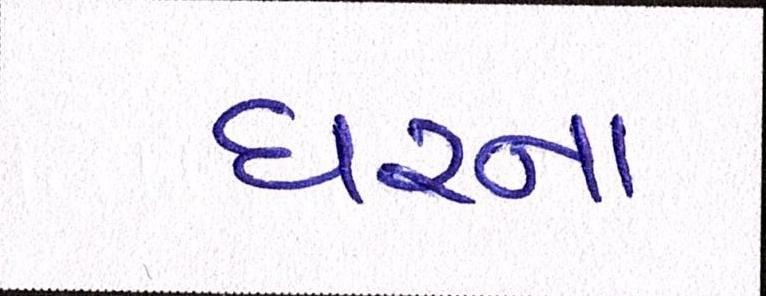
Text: ઘરના